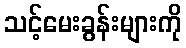
သင့်မေးခွန်းများကို